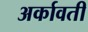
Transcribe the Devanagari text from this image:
अर्कावती